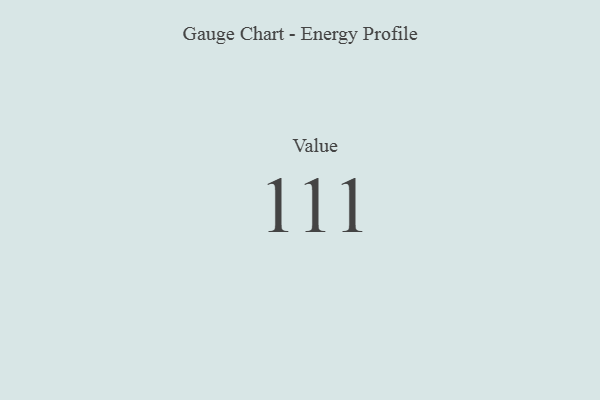
{"axis": {"x": "Metric", "y": "Value"}, "legend": [""], "data": [{"x": "Value", "y": 111, "type": ""}]}